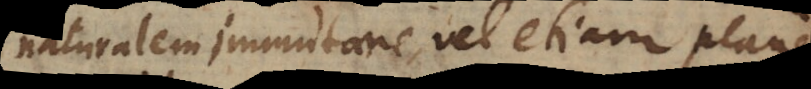
naturalem immutare, vel etiam plane